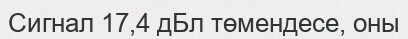
Сигнал 17,4 дБл төмендесе, оны